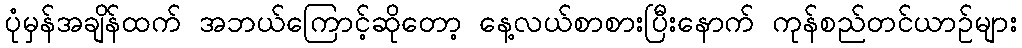
ပုံမှန်အချိန်ထက် အဘယ်ကြောင့်ဆိုတော့ နေ့လယ်စာစားပြီးနောက် ကုန်စည်တင်ယာဉ်များ